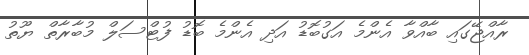
ރާއްޖޭގައި ބާއްވާ އެންމެ އަގުބޮޑު އަދި އެންމެ ބޮޑު ފުޓްސަލް މުބާރާތް ޔޫތު